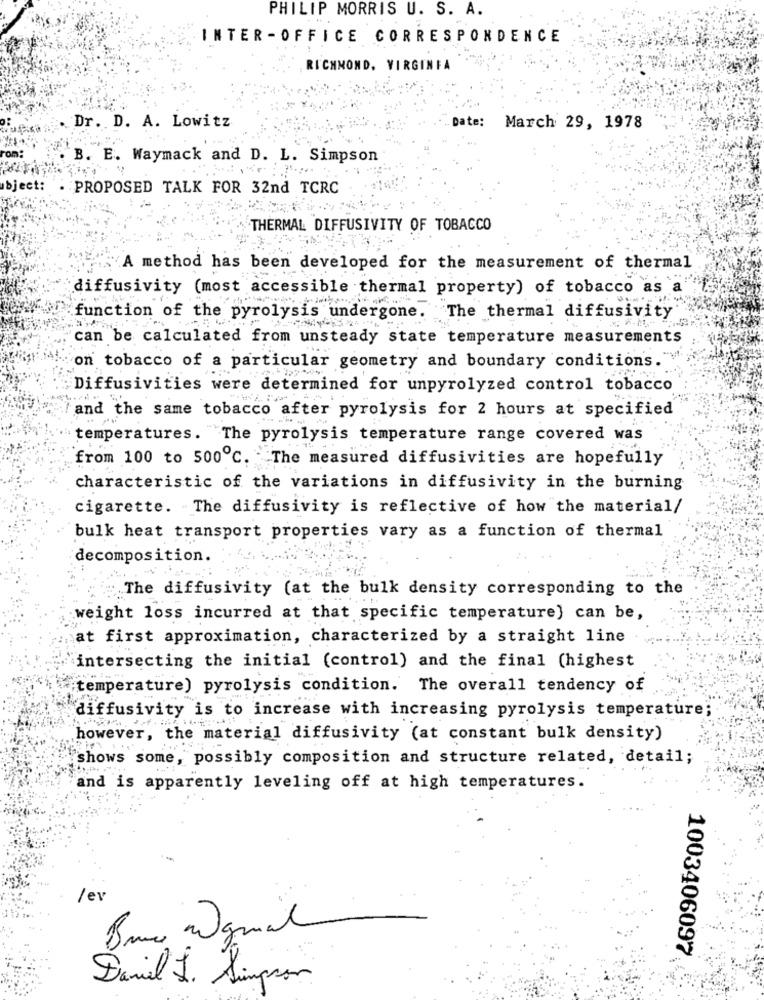
PHILIP MORRIS U. S. A.
INTER-OFFICE CORRESPONDENCE
RICHMOND, VIRGINIA
.Dr. D. A. Lowitz
"Date: March 29, 1978
B. E. Waymack and D. L. Simpson
bject:
PROPOSED TALK FOR 32nd TCRC
THERMAL DIFFUSIVITY OF TOBACCO
A method has been developed for the measurement of thermal
diffusivity (most accessible thermal property) of tobacco as a
function of the pyrolysis undergone.
The thermal diffusivity
can be calculated from unsteady state temperature measurements
on tobacco of a particular geometry and boundary conditions.
Diffusivities were determined for unpyrolyzed control tobacco
and the same tobacco after pyrolysis for 2 hours at specified
temperatures. The pyrolysis temperature range covered was
from 100 to 500℃. The measured diffusivities are hopefully
characteristic of the variations in diffusivity in the burning
cigarette. The diffusivity is reflective of how the material/
bulk heat transport properties vary as a function of thermal
decomposition.
The diffusivity (at the bulk density corresponding to the
weight loss incurred at that specific temperature} can be,
at first approximation, characterized by a straight line
intersecting the initial (control) and the final (highest
temperature) pyrolysis condition. The overall tendency of
diffusivity is to increase with increasing pyrolysis temperature;
however, the material diffusivity (at constant bulk density)
shows some, possibly composition and structure related, detail;
and is apparently leveling off at high temperatures.
/ev
1003406097
Daniel J. Simpson